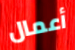
أعمال